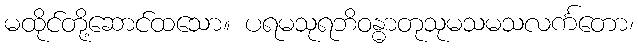
မထိုင်တို့ဆောင်ထသော။ ပရမသုရဘိဝန္ဓာတုသုမသမသလင်္ကတော၊